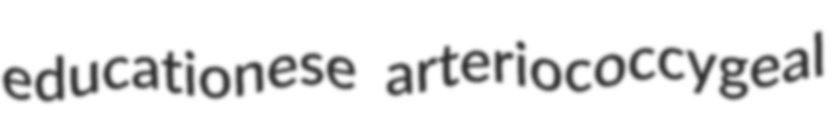
educationese arteriococcygeal